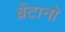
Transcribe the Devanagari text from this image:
ब्रेंटानो